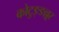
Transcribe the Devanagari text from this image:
कोटुङ्ङल्लूर